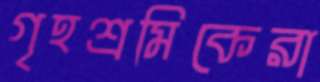
গৃহশ্রমিকেরা